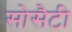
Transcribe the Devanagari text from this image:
सोसैटी